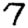
Digit: 7